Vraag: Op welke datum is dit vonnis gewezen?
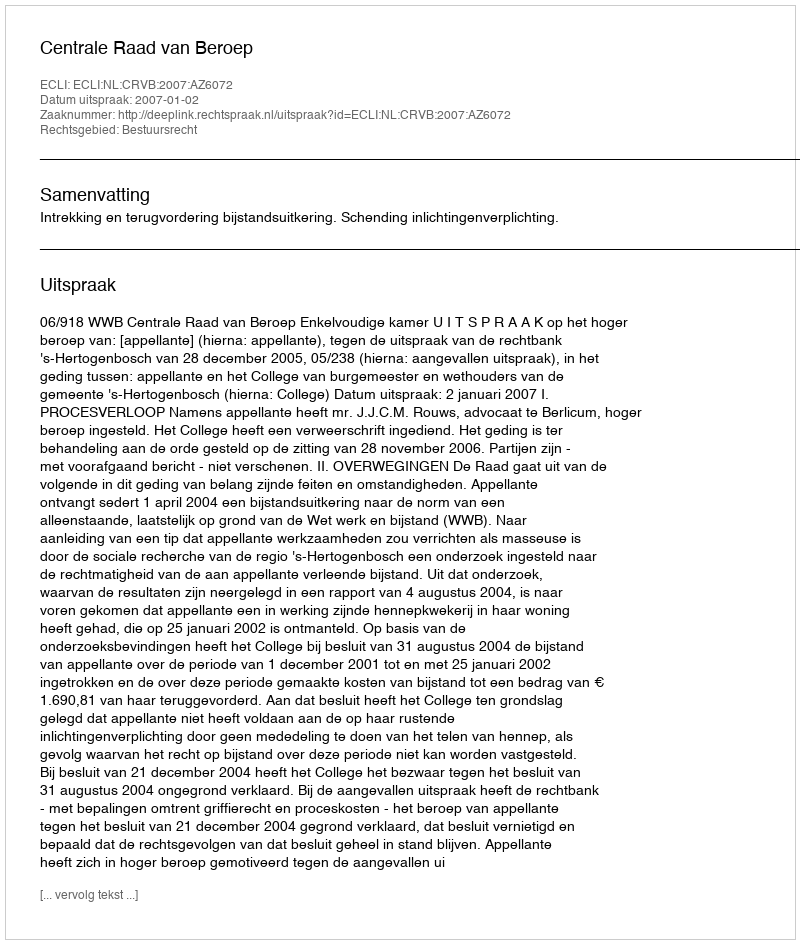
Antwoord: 2007-01-02